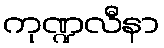
ကုဏ္ဍလီနာ